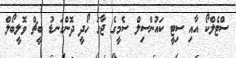
ސްޓެލްކޯ އާއި ސިޓީ ކައުންސިލް ސެމީގެ ޖާގަ ހޯދީ ދޮންގަނޑު ބީޗް ވޮލީބޯލް